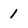
Character: 1